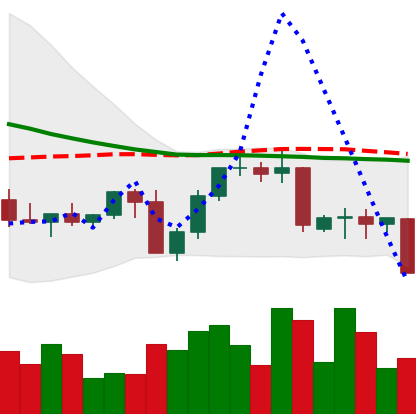
Ticker: NEO-USD
Chart end date: 2022-09-18
Forward return: 3.979%
Label: up_3_5